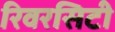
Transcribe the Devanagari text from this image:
रिवरसिटी